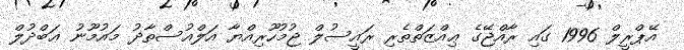
އޭޕްރީލް 1996 ގައި ރާއްޖޭގެ ޢިއްޒަތްތެރި ރައީސުލް ޖުމުހޫރިއްޔާ އަލްއުސްތާޛު މައުމޫނު ޢަބްދުލް